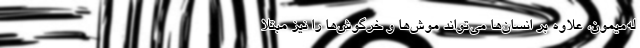
له‌میمون، علاوه بر انسان‌ها می‌تواند موش‌ها و خرگوش‌ها را نیز مبتلا